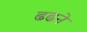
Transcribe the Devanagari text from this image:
ढढने